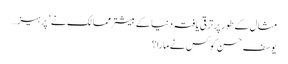
مثال کے طور پر ترقی یافتہ دنیا کے بیشتر ممالک نے ’ پرہیز…
یوسف حسن کو کس نے مارا؟